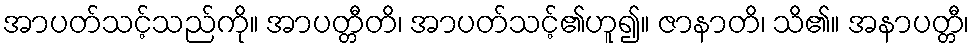
အာပတ်သင့်သည်ကို။ အာပတ္တီတိ၊ အာပတ်သင့်၏ဟူ၍။ ဇာနာတိ၊ သိ၏။ အနာပတ္တီ၊